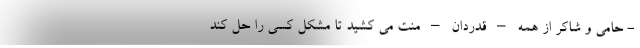
- حامی و شاکر از همه – قدردان – منت می کشید تا مشکل کسی را حل کند